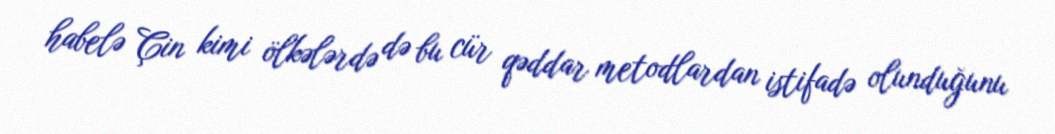
habelə Çin kimi ölkələrdə də bu cür qəddar metodlardan istifadə olunduğunu